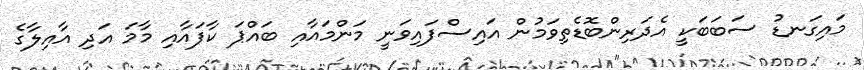
މައިގަނޑު ސަބަބަކީ އެދަރިންބޮޑެތިވަމުން އައިސްފައިވަނީ މަންމައާއި ބައްޕަ ކާފައާއި މާމަ އަދި އާއިލާގެ